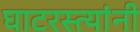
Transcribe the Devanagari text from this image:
घाटरस्त्यांनी